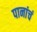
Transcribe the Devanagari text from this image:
पानांचं